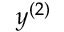
y ^ { ( 2 ) }